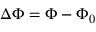
\Delta \Phi = \Phi - \Phi _ { 0 }